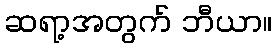
ဆရာ့အတွက် ဘီယာ။